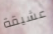
عشيقة